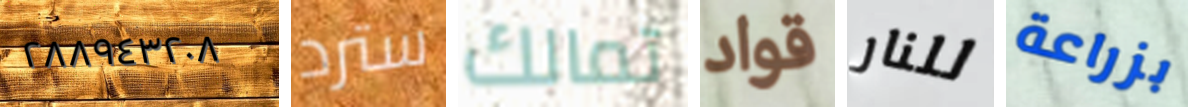
٢٨٨٩٤٣٢٠٨ سترد تمالك قواد للنار بزراعة